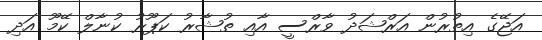
އަޖޭގެ އިތުރުން އަރްޝަދު ވާރްސީ އާއި ތުޝާރު ކަޕޫރު ކުނާލް ކޭމޫ އަދި